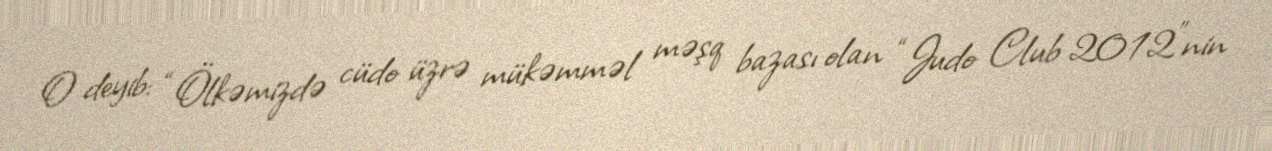
O deyib: “Ölkəmizdə cüdo üzrə mükəmməl məşq bazası olan “Judo Club 2012”nin